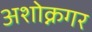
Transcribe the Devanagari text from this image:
अशोक्नगर